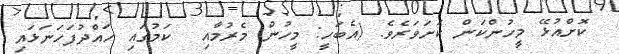
ކޮށްއުޅޭ މީހުންކަން ކަށަވަރެވެ. (އެބަހީ: މީހުން މެރުމާއި  ކަމުގައި ހައްދުފަހަނަޅައި